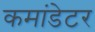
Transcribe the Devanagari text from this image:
कमांडेटर